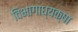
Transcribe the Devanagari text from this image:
विभागाध्यक्षा